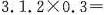
3.$$1.2\times0.3＝$$